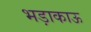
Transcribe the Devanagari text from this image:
भड़ाकाऊ